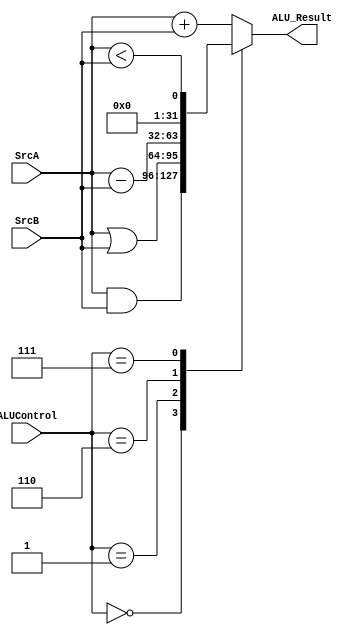
module ALU_M(input[31:0]SrcA,SrcB,input[2:0]ALUControl,output[31:0]ALU_Result);

reg [31:0]output_data_reg;
always @(*)
begin
  case(ALUControl)
    3'b000: output_data_reg = SrcA & SrcB  ;
    3'b001: output_data_reg = SrcA | SrcB ;
    3'b010: output_data_reg = SrcA + SrcB ;
    3'b110: output_data_reg = SrcA - SrcB ;
    3'b111: output_data_reg = SrcA < SrcB ;//$$ what is (set less than)

    default:output_data_reg = SrcA + SrcB ;//$$ what is the default
  endcase
end
assign ALU_Result = output_data_reg ;
endmodule